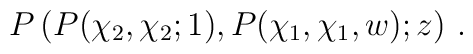
P\left(P(\chi_2,\chi_2;1),P(\chi_1,\chi_1,w);z\right)\,.